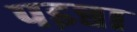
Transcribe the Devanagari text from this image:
पइन्ना